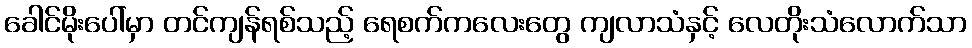
ခေါင်မိုးပေါ်မှာ တင်ကျန်ရစ်သည့် ရေစက်ကလေးတွေ ကျလာသံနှင့် လေတိုးသံလောက်သာ